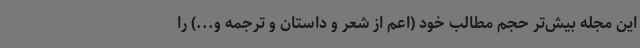
این مجله بیش‌تر حجم مطالب خود (اعم از شعر و داستان و ترجمه و...) را